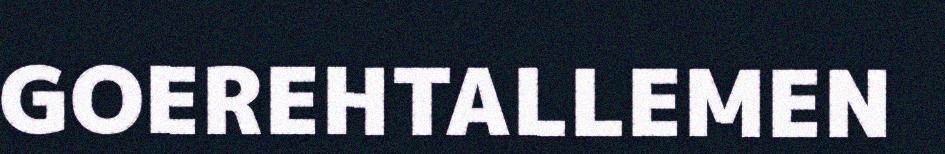
GOEREHTALLEMEN